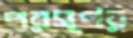
পরস্পর